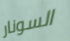
السونار